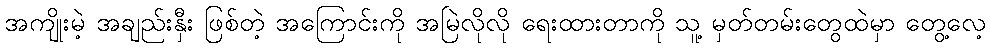
အကျိုးမဲ့ အချည်းနှီး ဖြစ်တဲ့ အကြောင်းကို အမြဲလိုလို ရေးထားတာကို သူ့ မှတ်တမ်းတွေထဲမှာ တွေ့လေ့